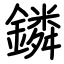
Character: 鏻